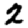
Digit: 2